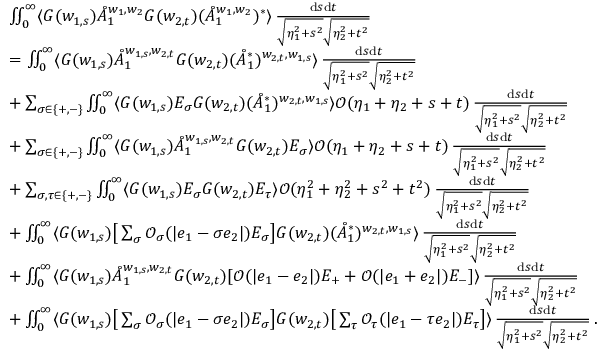
\begin{array} { r l } & { \iint _ { 0 } ^ { \infty } \langle G ( w _ { 1 , s } ) \mathring { A } _ { 1 } ^ { w _ { 1 } , w _ { 2 } } G ( w _ { 2 , t } ) ( \mathring { A } _ { 1 } ^ { w _ { 1 } , w _ { 2 } } ) ^ { * } \rangle \, \frac { \mathrm { d } s \mathrm { d } t } { \sqrt { \eta _ { 1 } ^ { 2 } + s ^ { 2 } } \sqrt { \eta _ { 2 } ^ { 2 } + t ^ { 2 } } } } \\ & { = \iint _ { 0 } ^ { \infty } \langle G ( w _ { 1 , s } ) \mathring { A } _ { 1 } ^ { w _ { 1 , s } , w _ { 2 , t } } G ( w _ { 2 , t } ) ( \mathring { A } _ { 1 } ^ { * } ) ^ { w _ { 2 , t } , w _ { 1 , s } } \rangle \, \frac { \mathrm { d } s \mathrm { d } t } { \sqrt { \eta _ { 1 } ^ { 2 } + s ^ { 2 } } \sqrt { \eta _ { 2 } ^ { 2 } + t ^ { 2 } } } } \\ & { + \sum _ { \sigma \in \{ + , - \} } \iint _ { 0 } ^ { \infty } \langle G ( w _ { 1 , s } ) E _ { \sigma } G ( w _ { 2 , t } ) ( \mathring { A } _ { 1 } ^ { * } ) ^ { w _ { 2 , t } , w _ { 1 , s } } \rangle \mathcal { O } ( \eta _ { 1 } + \eta _ { 2 } + s + t ) \, \frac { \mathrm { d } s \mathrm { d } t } { \sqrt { \eta _ { 1 } ^ { 2 } + s ^ { 2 } } \sqrt { \eta _ { 2 } ^ { 2 } + t ^ { 2 } } } } \\ & { + \sum _ { \sigma \in \{ + , - \} } \iint _ { 0 } ^ { \infty } \langle G ( w _ { 1 , s } ) \mathring { A } _ { 1 } ^ { w _ { 1 , s } , w _ { 2 , t } } G ( w _ { 2 , t } ) E _ { \sigma } \rangle \mathcal { O } ( \eta _ { 1 } + \eta _ { 2 } + s + t ) \, \frac { \mathrm { d } s \mathrm { d } t } { \sqrt { \eta _ { 1 } ^ { 2 } + s ^ { 2 } } \sqrt { \eta _ { 2 } ^ { 2 } + t ^ { 2 } } } } \\ & { + \sum _ { \sigma , \tau \in \{ + , - \} } \iint _ { 0 } ^ { \infty } \langle G ( w _ { 1 , s } ) E _ { \sigma } G ( w _ { 2 , t } ) E _ { \tau } \rangle \mathcal { O } ( \eta _ { 1 } ^ { 2 } + \eta _ { 2 } ^ { 2 } + s ^ { 2 } + t ^ { 2 } ) \, \frac { \mathrm { d } s \mathrm { d } t } { \sqrt { \eta _ { 1 } ^ { 2 } + s ^ { 2 } } \sqrt { \eta _ { 2 } ^ { 2 } + t ^ { 2 } } } } \\ & { + \iint _ { 0 } ^ { \infty } \langle G ( w _ { 1 , s } ) \big [ \sum _ { \sigma } \mathcal { O } _ { \sigma } ( | e _ { 1 } - \sigma e _ { 2 } | ) E _ { \sigma } \big ] G ( w _ { 2 , t } ) ( \mathring { A } _ { 1 } ^ { * } ) ^ { w _ { 2 , t } , w _ { 1 , s } } \rangle \, \frac { \mathrm { d } s \mathrm { d } t } { \sqrt { \eta _ { 1 } ^ { 2 } + s ^ { 2 } } \sqrt { \eta _ { 2 } ^ { 2 } + t ^ { 2 } } } } \\ & { + \iint _ { 0 } ^ { \infty } \langle G ( w _ { 1 , s } ) \mathring { A } _ { 1 } ^ { w _ { 1 , s } , w _ { 2 , t } } G ( w _ { 2 , t } ) [ \mathcal { O } ( | e _ { 1 } - e _ { 2 } | ) E _ { + } + \mathcal { O } ( | e _ { 1 } + e _ { 2 } | ) E _ { - } ] \rangle \, \frac { \mathrm { d } s \mathrm { d } t } { \sqrt { \eta _ { 1 } ^ { 2 } + s ^ { 2 } } \sqrt { \eta _ { 2 } ^ { 2 } + t ^ { 2 } } } } \\ & { + \iint _ { 0 } ^ { \infty } \langle G ( w _ { 1 , s } ) \big [ \sum _ { \sigma } \mathcal { O } _ { \sigma } ( | e _ { 1 } - \sigma e _ { 2 } | ) E _ { \sigma } \big ] G ( w _ { 2 , t } ) \big [ \sum _ { \tau } \mathcal { O } _ { \tau } ( | e _ { 1 } - \tau e _ { 2 } | ) E _ { \tau } \big ] \rangle \, \frac { \mathrm { d } s \mathrm { d } t } { \sqrt { \eta _ { 1 } ^ { 2 } + s ^ { 2 } } \sqrt { \eta _ { 2 } ^ { 2 } + t ^ { 2 } } } \, . } \end{array}